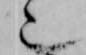
也